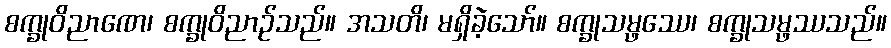
စက္ခုဝိညာဏေ၊ စက္ခုဝိညာဉ်သည်။ အသတိ၊ မရှိခဲ့သော်။ စက္ခုသမ္ဖဿေ၊ စက္ခုသမ္ဖဿသည်။